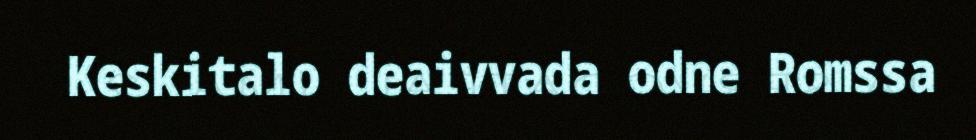
Keskitalo deaivvada odne Romssa